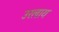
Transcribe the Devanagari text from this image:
उरलाय